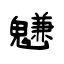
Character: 魐